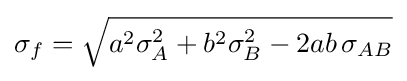
\sigma _{f}={\sqrt {a^{2}\sigma _{A}^{2}+b^{2}\sigma _{B}^{2}-2ab\,\sigma _{AB}}}